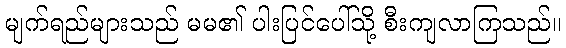
မျက်ရည်များသည် မမ၏ ပါးပြင်ပေါ်သို့ စီးကျလာကြသည်။